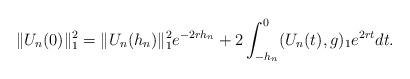
LaTeX: \begin{align*}\Vert U_{n}(0)\Vert _{1}^{2}=\Vert U_{n}(h_{n})\Vert_{1}^{2}e^{-2rh_{n}}+2\int_{-h_{n}}^{0}(U_{n}(t),g)_{1}e^{2rt}dt.\end{align*}